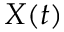
X ( t )